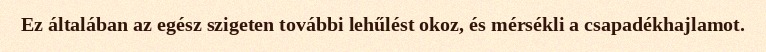
Ez általában az egész szigeten további lehűlést okoz, és mérsékli a csapadékhajlamot.